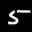
Label: 5